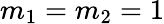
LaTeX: m_{1}=m_{2}=1